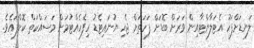
ލަނޑަށްފަހު އެޓަލާންޓާއިން ވަރަށް ބޮޑަށް ފަހަތަށް ޖެހި ޔުނައިޓެޑު ހިފެހެއްޓުމަށް މަސައްކަތް ކޮށްފައެވެ.